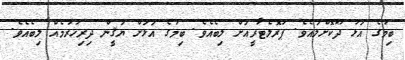
ބިމުގެ އަޅު ދޫކޮށްލައެވެ. ޕުރޮލެޓާރީއަށް ލިބެއެވެ. ބިމުގެ އަޅަށް ޔަޤީން ދިރިހުރުމެއް ލިބެއެވެ.